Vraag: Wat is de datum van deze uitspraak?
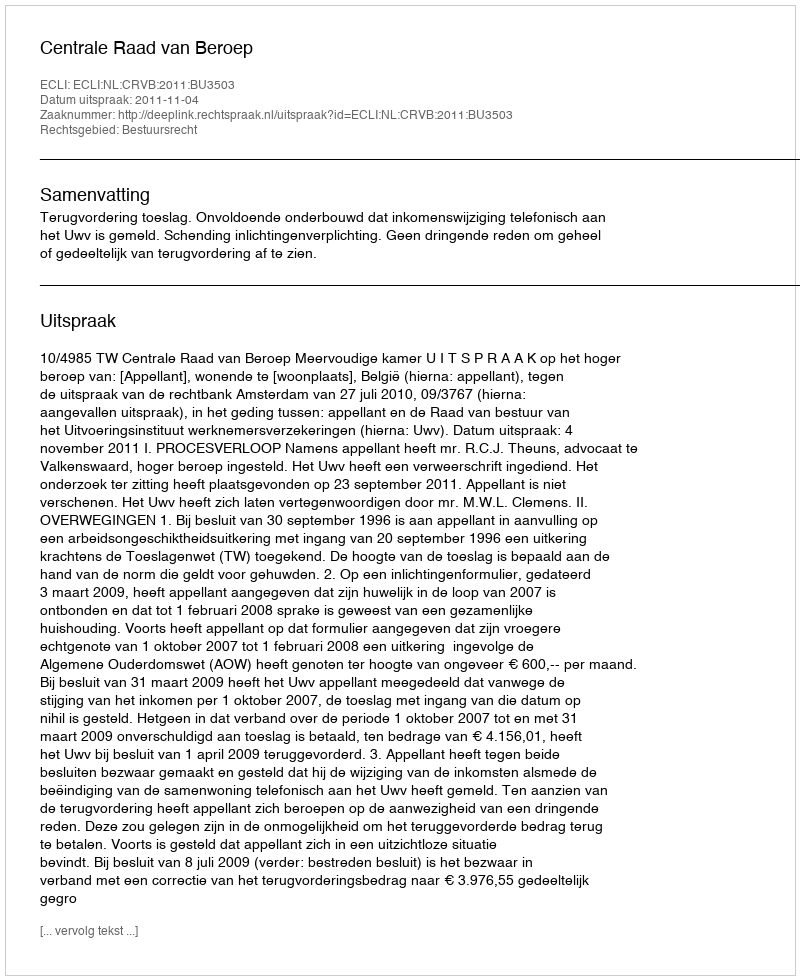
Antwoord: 2011-11-04